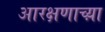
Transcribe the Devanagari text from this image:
आरक्षणाच्य़ा